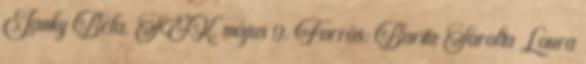
Janky Béla. SEK, május 9. Forrás: Baritz Sarolta Laura